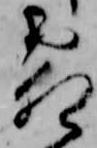
霜